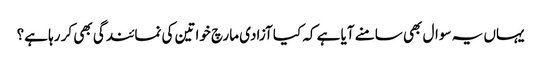
یہاں یہ سوال بھی سامنے آیا ہے کہ کیا آزادی مارچ خواتین کی نمائندگی بھی کر رہا ہے؟